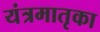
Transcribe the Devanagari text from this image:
यंत्रमातृका